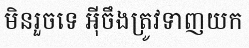
មិនរួចទេ អ៊ីចឹងត្រូវទាញយក